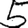
Digit: 5